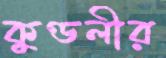
কুণ্ডলীর